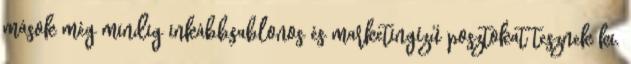
mások még mindig inkábbsablonos és marketingízű posztokat tesznek ki.